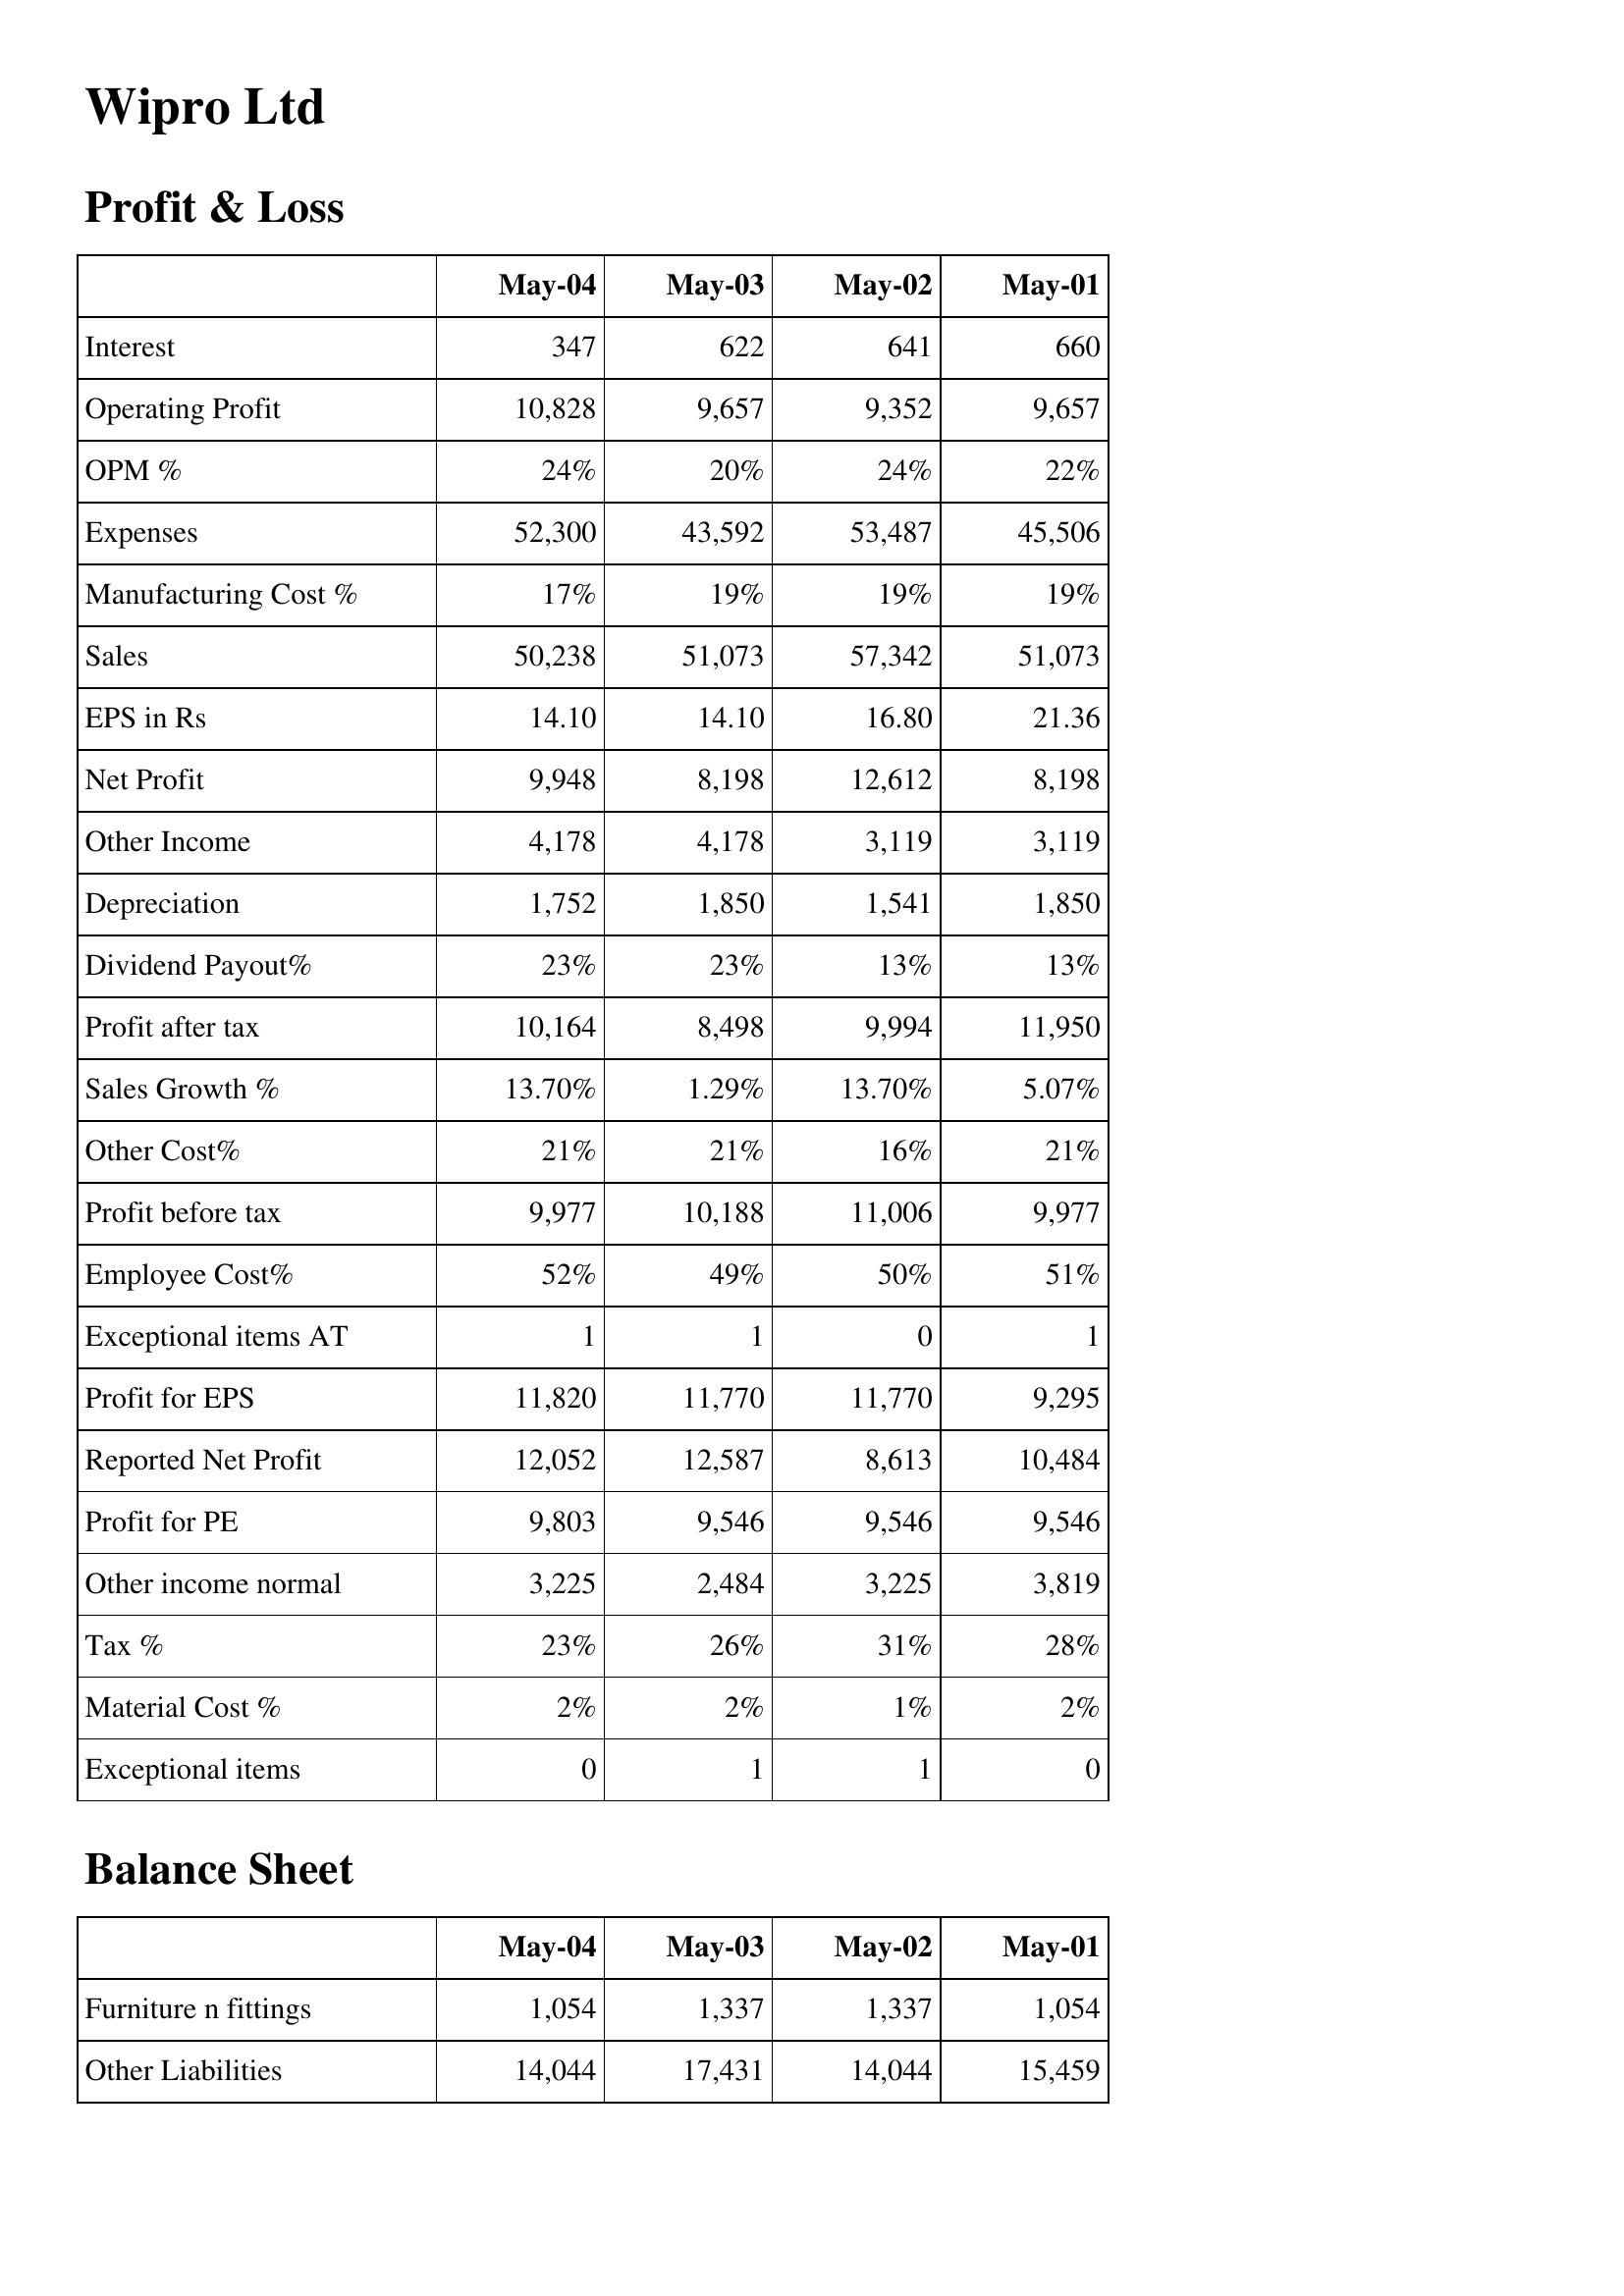
May-04: Profit & Loss: Interest: 347
Operating Profit: 10,828
OPM %: 24%
Expenses: 52,300
Manufacturing Cost %: 17%
Sales: 50,238
EPS in Rs: 14.10
Net Profit: 9,948
Other Income: 4,178
Depreciation: 1,752
Dividend Payout%: 23%
Profit after tax: 10,164
Sales Growth %: 13.70%
Other Cost%: 21%
Profit before tax: 9,977
Employee Cost%: 52%
Exceptional items AT: 1
Profit for EPS: 11,820
Reported Net Profit: 12,052
Profit for PE: 9,803
Other income normal: 3,225
Tax %: 23%
Material Cost %: 2%
Exceptional items: 0
Balance Sheet: Furniture n fittings: 1,054
Other Liabilities: 14,044
May-03: Profit & Loss: Interest: 622
Operating Profit: 9,657
OPM %: 20%
Expenses: 43,592
Manufacturing Cost %: 19%
Sales: 51,073
EPS in Rs: 14.10
Net Profit: 8,198
Other Income: 4,178
Depreciation: 1,850
Dividend Payout%: 23%
Profit after tax: 8,498
Sales Growth %: 1.29%
Other Cost%: 21%
Profit before tax: 10,188
Employee Cost%: 49%
Exceptional items AT: 1
Profit for EPS: 11,770
Reported Net Profit: 12,587
Profit for PE: 9,546
Other income normal: 2,484
Tax %: 26%
Material Cost %: 2%
Exceptional items: 1
Balance Sheet: Furniture n fittings: 1,337
Other Liabilities: 17,431
May-02: Profit & Loss: Interest: 641
Operating Profit: 9,352
OPM %: 24%
Expenses: 53,487
Manufacturing Cost %: 19%
Sales: 57,342
EPS in Rs: 16.80
Net Profit: 12,612
Other Income: 3,119
Depreciation: 1,541
Dividend Payout%: 13%
Profit after tax: 9,994
Sales Growth %: 13.70%
Other Cost%: 16%
Profit before tax: 11,006
Employee Cost%: 50%
Exceptional items AT: 0
Profit for EPS: 11,770
Reported Net Profit: 8,613
Profit for PE: 9,546
Other income normal: 3,225
Tax %: 31%
Material Cost %: 1%
Exceptional items: 1
Balance Sheet: Furniture n fittings: 1,337
Other Liabilities: 14,044
May-01: Profit & Loss: Interest: 660
Operating Profit: 9,657
OPM %: 22%
Expenses: 45,506
Manufacturing Cost %: 19%
Sales: 51,073
EPS in Rs: 21.36
Net Profit: 8,198
Other Income: 3,119
Depreciation: 1,850
Dividend Payout%: 13%
Profit after tax: 11,950
Sales Growth %: 5.07%
Other Cost%: 21%
Profit before tax: 9,977
Employee Cost%: 51%
Exceptional items AT: 1
Profit for EPS: 9,295
Reported Net Profit: 10,484
Profit for PE: 9,546
Other income normal: 3,819
Tax %: 28%
Material Cost %: 2%
Exceptional items: 0
Balance Sheet: Furniture n fittings: 1,054
Other Liabilities: 15,459